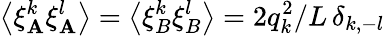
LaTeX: \left\langle\xi_{\mathbf{A}}^{k}\xi_{\mathbf{A}}^{l}\right\rangle=\left\langle\xi_{B}^{k}\xi_{B}^{l}\right\rangle=2q_{k}^{2}/L\, \delta_{k,-l}